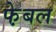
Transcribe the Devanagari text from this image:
फे़बल